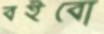
বইবো